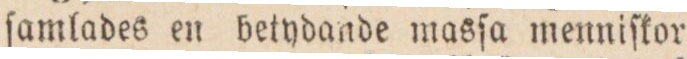
ſamlades en betydande masſa menniſkor